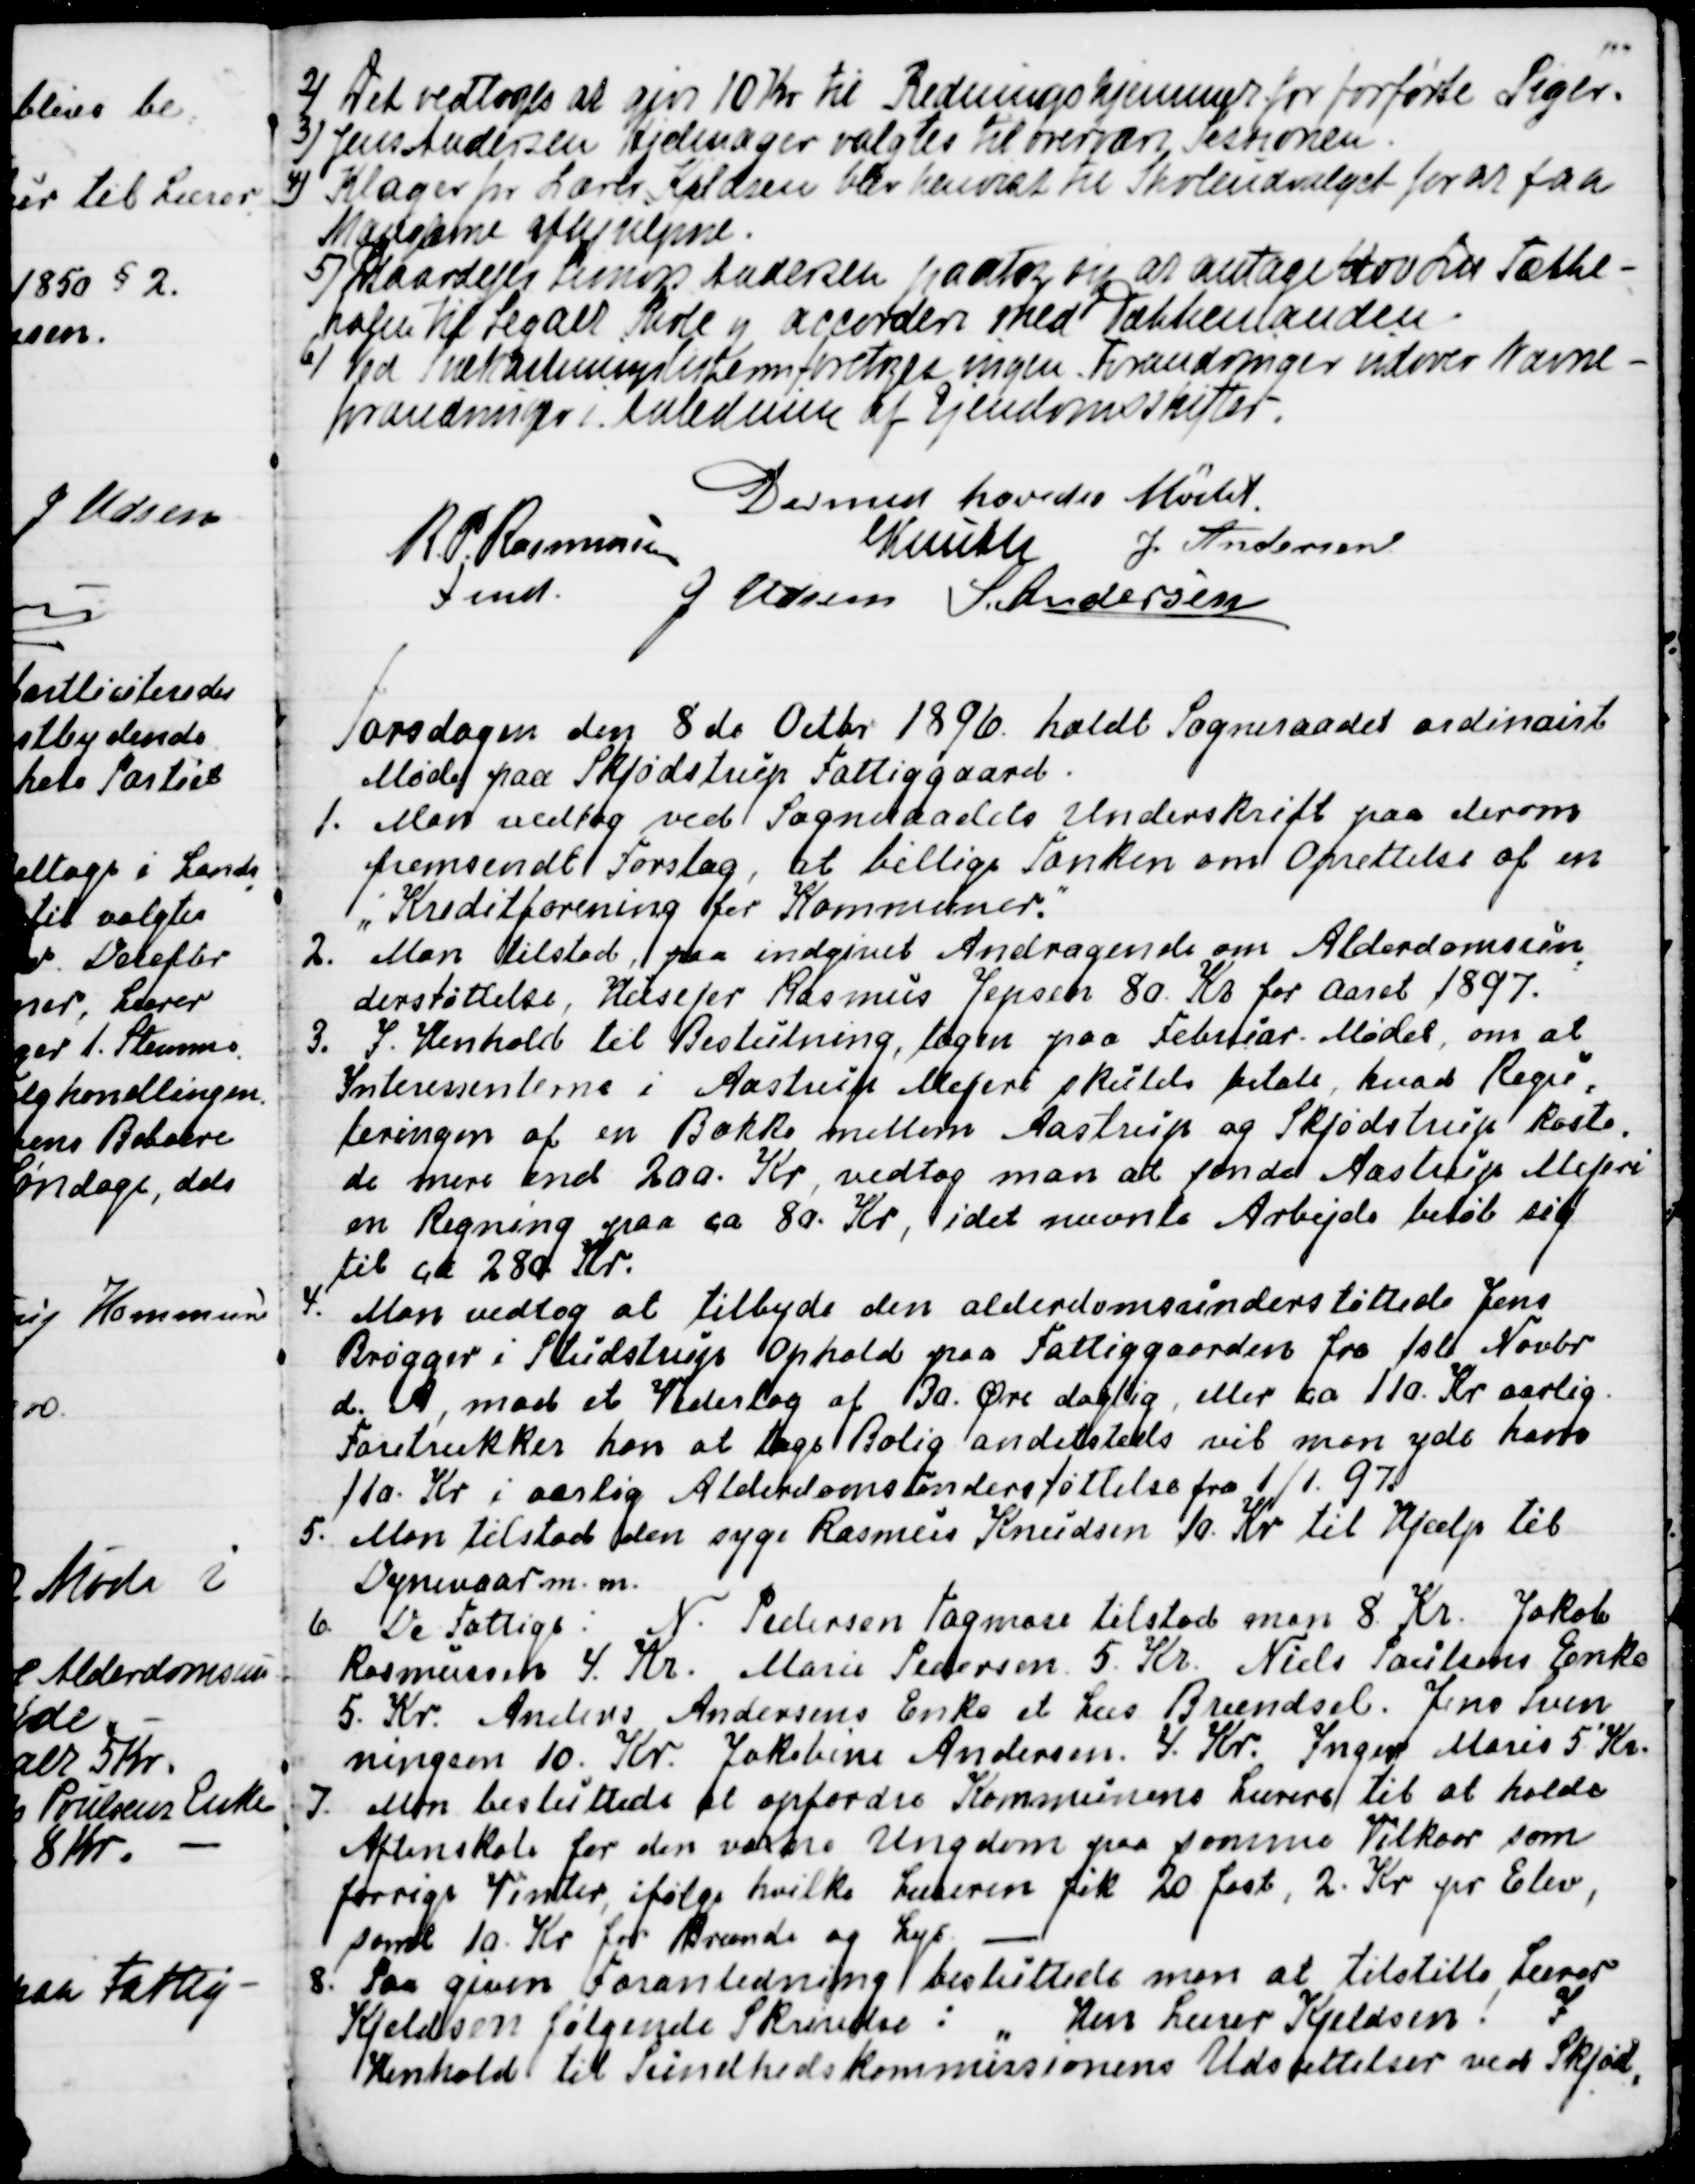
Transskription:
2)
Det vedtoges at give 10 Kr. til Redningshjemmet for forførte Piger.
3)
Jens Andersen Hjelmager valgtes til overvære Sessionen.
4)
Klager fra Lærer Kjeldsen blev henvist til Skoleudvalget for at faa 
Manglerne afhjulpne.
5)
Gaardejer Simon Andersen paatog sig at antage 400 L℔ Tække- 
halm til Segalt Skole og accordere med Tækkemanden.
6) 
 Ved Snekastningslisterne foretoges ingen Forandringer udover Navne-
forandringer i Anledning af Ejendomsskiftet.
Dermed hævedes Mødet.
R. P. Rasmussen
Fmd.
Knuth
J. Andersen
J Udsen
S. Andersen

Torsdagen den 8 de Octbr 1896 holdt Sogneraadet ordinairt
Møde paa Skjødstrup Fattiggaard.
1. Man vedtog ved Sogneraadets Underskrift paa derom
fremsendt Forslag, at billige Tanken om Oprettelse af en
"Kreditforening for Kommuner."
2. Man tilstod, paa indgivet Andragende om Alderdomsun
-
derstøttelse, Husejer Rasmus Jepsen 80. Kr for Aaret 1897.
3. I. Henhold til Beslutning, tagen Februar-Mødet, om at
Interessenterne i Aastrup Mejeri skulde betale, hvad Regu
=
leringen af en Bakke mellem Aastrup og Skjødstrup koste
-
de mere end 200. Kr, vedtog man at sende Aastrup Mejeri
en Regning paa ca. 80. Kr, idet nævnte Arbejde beløb sig
til ca 280. Kr.
4. 
Man vedtog at tilbyde den alderdomsunderstøttede Jens
Brøgger i Studstrup Ophold paa Fattiggaarden fra 1ste Novbr
d. A., mod et Vederlag af 30. Øre daglig, eller ca 110. Kr aarlig.
Foretrækker han at tage Bolig andetsteds vil man yde ham 
110. Kr i aarlig Alderdomsunderstøttelse fra 1/1. 97.
5. Man tilstod den syge Rasmus Knudsen 10. Kr til Hjælp til
Dynevaar m.m.
6. De Fattige:  N. Pedersen Tagmose tilstod man 8. Kr. Jakob
Rasmussen 4. Kr. Marie Pedersen 5. Kr. Niels Poulsens Enke
5. Kr. Anders Andersens Enke et Læs Brændsel. Jens Sven
-
ningsen 10. Kr. Jakobine Andersen 4. Kr. Inger Marie 5 Kr.
7. Man besluttede at opfordre Kommunens Lærere til at holde
Aftenskole for den voxne Ungdom paa samme Vilkaar som
forrige Vinter, ifølge hvilke Læreren fik 20 fast, 2. Kr. pr Elev,
samt 10. Kr for Brænde og Lys. 
8. Paa given Foranledning besluttede man at tilstille Lærer
Kjeldsen følgende Skrivelse:  "Herr Lærer Kjeldsen! I
Henhold til Sundhedskommissionens Udsættelser ved Skjød
-